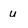
Character: u